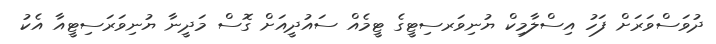
ދުވަސްވަރަށް ފަހު އިސްލާމިކް ޔުނިވަރސިޓީގެ ޓީމެއް ސައުދީއަށް ގޮސް މަދީނާ ޔުނިވަރަސިޓީއާ އެކު